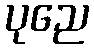
ပုညေ